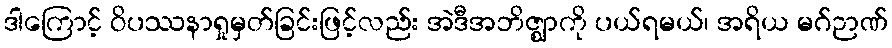
ဒါကြောင့် ဝိပဿနာရှုမှတ်ခြင်းဖြင့်လည်း အဲဒီအဘိဇ္ဈာကို ပယ်ရမယ်၊ အရိယ မဂ်ဉာဏ်